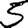
Digit: 5